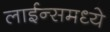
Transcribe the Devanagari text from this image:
लाईन्समध्ये